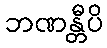
ဘဏန္တီပိ